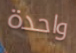
واحدة